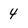
Character: 4